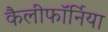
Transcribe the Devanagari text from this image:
कैलीफॉर्निया